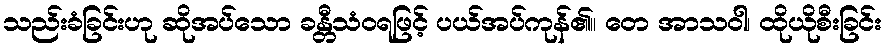
သည်းခံခြင်းဟု ဆိုအပ်သော ခန္တီသံဝရဖြင့် ပယ်အပ်ကုန်၏။ တေ အာသဝါ၊ ထိုယိုစီးခြင်း